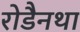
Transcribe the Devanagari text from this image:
रोडैनथा